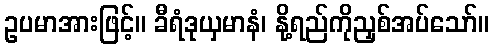
ဥပမာအားဖြင့်။ ခီရံဒုယှမာနံ၊ နို့ရည်ကိုညှစ်အပ်သော်။